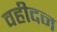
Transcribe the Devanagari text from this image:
वहीदन